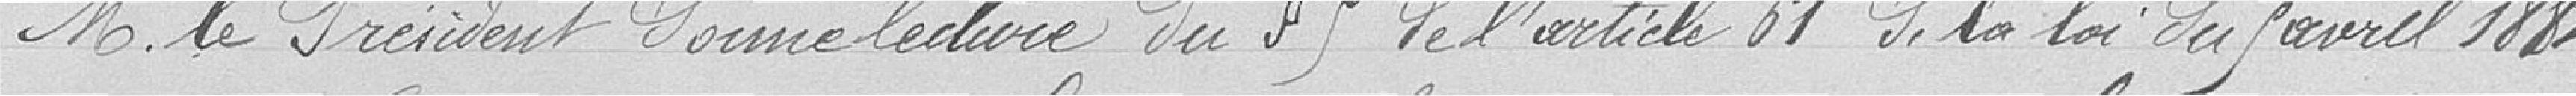
Monsieur Le Président donne lecture du paragraphe 9 de l'article 61 de la loi du 9 avril 1884